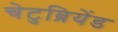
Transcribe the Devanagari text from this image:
चेटुब्रियेंड